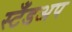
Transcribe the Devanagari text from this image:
स्टँडअप